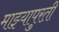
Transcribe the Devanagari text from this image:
माझ्यापुरती